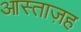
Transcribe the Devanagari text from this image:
आस्ताज़ह